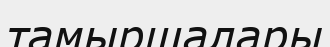
тамыршалары